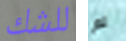
للشك لم